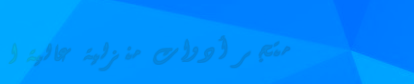
متجر أدوات منزلية عالية ا